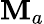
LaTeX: \mathbf{M}_{a}